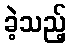
ခဲ့သည့်